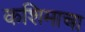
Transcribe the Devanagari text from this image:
कशिमाचा